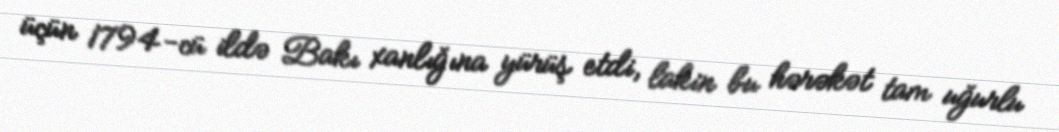
üçün 1794-cü ildə Bakı xanlığına yürüş etdi, lakin bu hərəkət tam uğurlu